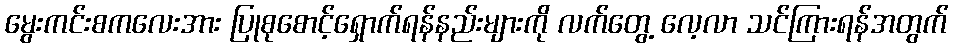
မွေးကင်းစကလေးအား ပြုစုစောင့်ရှောက်ရန်နည်းများကို လက်တွေ့ လေ့လာ သင်ကြားရန်အတွက်